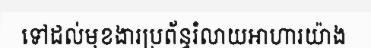
ទៅដល់មុខងារប្រព័ន្ធរំលាយអាហារយ៉ាង